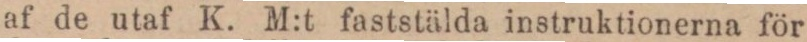
af de utaf K. M:t faststälda instruktionerna för